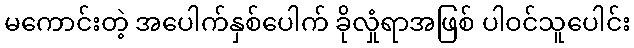
မကောင်းတဲ့ အပေါက်နှစ်ပေါက် ခိုလှုံရာအဖြစ် ပါဝင်သူပေါင်း